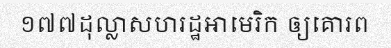
១៧៧ដុល្លាសហរដ្ឋអាមេរិក ឲ្យគោរព